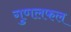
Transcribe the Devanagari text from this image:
गुणलफल